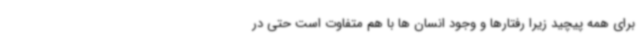
برای همه پیچید زیرا رفتارها و وجود انسان ها با هم متفاوت است حتی در